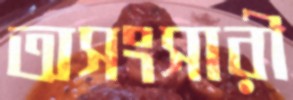
অসংসারী